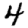
Digit: 4